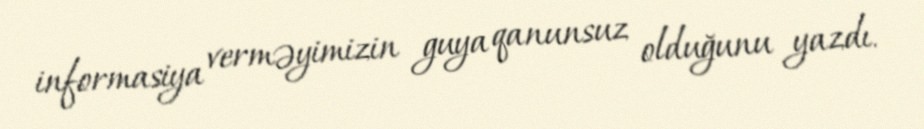
informasiya verməyimizin guya qanunsuz olduğunu yazdı.